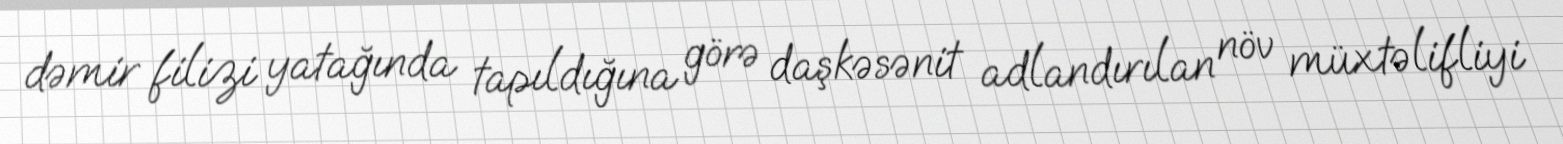
dəmir filizi yatağında tapıldığına görə daşkəsənit adlandırılan növ müxtəlifliyi